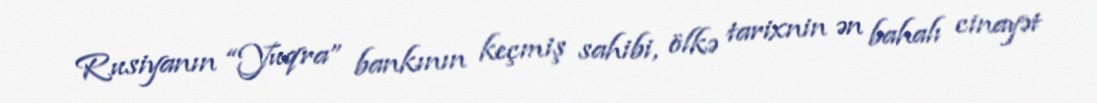
Rusiyanın “Yuqra” bankının keçmiş sahibi, ölkə tarixnin ən bahalı cinayət